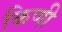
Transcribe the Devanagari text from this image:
किणी